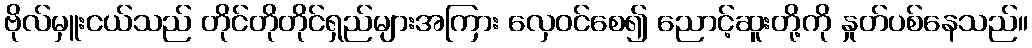
ဗိုလ်မှူးငယ်သည် တိုင်တိုတိုင်ရှည်များအကြား လှေဝင်စေ၍ ညောင့်ဆူးတို့ကို နှုတ်ပစ်နေသည်။